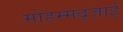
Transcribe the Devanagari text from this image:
मोहम्मद्ज़ाई